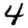
Digit: 4